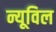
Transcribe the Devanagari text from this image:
न्यूविल